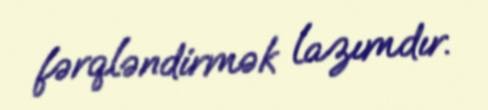
fərqləndirmək lazımdır.